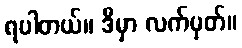
ရပါတယ်။ ဒီမှာ လက်မှတ်။